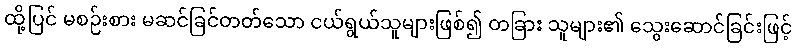
ထို့ပြင် မစဉ်းစား မဆင်ခြင်တတ်သော ငယ်ရွယ်သူများဖြစ်၍ တခြား သူများ၏ သွေးဆောင်ခြင်းဖြင့်